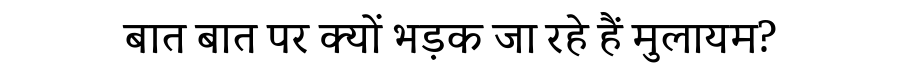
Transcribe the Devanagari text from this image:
बात बात पर क्यों भड़क जा रहे हैं मुलायम?